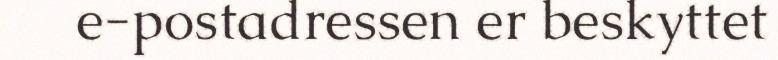
e-postadressen er beskyttet